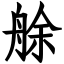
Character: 艅